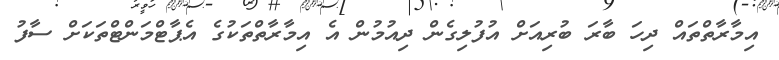
އިމާރާތްތައް ދިހަ ބާރަ ބުރިއަށް އުފުލިގެން ދިއުމުން އެ އިމާރާތްތަކުގެ އެޕާޓްމަންޓްތަކަށް ސާފު